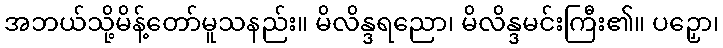
အဘယ်သို့မိန့်တော်မူသနည်း။ မိလိန္ဒရညော၊ မိလိန္ဒမင်းကြီး၏။ ပဉှော၊